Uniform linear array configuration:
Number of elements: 16
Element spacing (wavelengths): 0.75
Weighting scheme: cosine
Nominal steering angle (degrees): -45
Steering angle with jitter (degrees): -46.33
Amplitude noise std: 0.05
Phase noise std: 0.05

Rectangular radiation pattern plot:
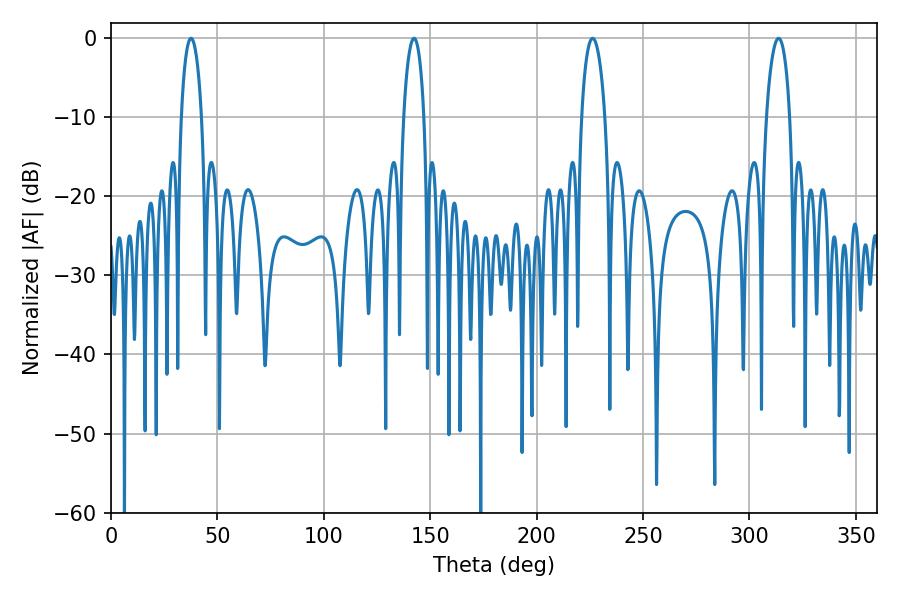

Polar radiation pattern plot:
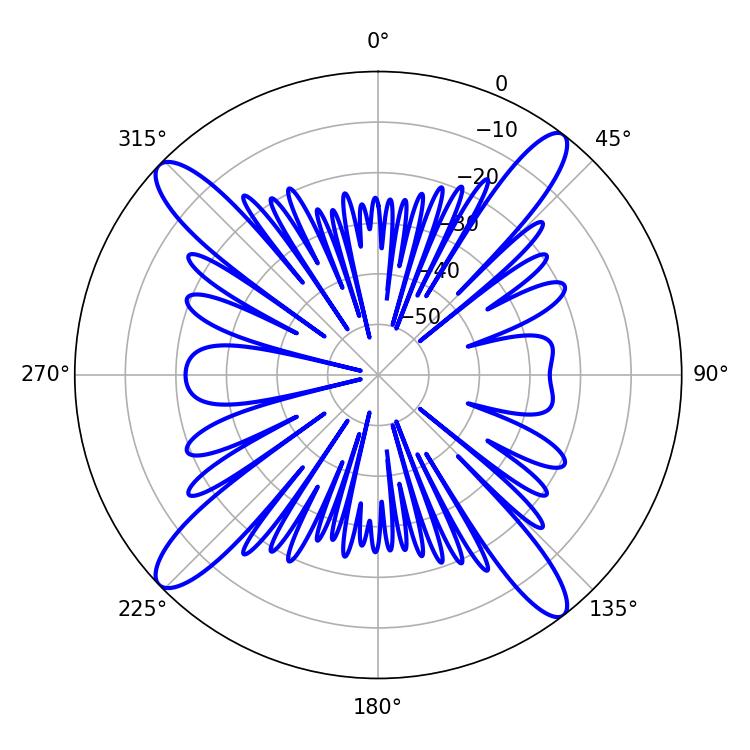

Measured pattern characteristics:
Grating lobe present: TRUE
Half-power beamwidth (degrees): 5.4
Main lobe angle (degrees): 37.62